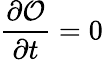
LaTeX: \displaystyle\frac{\partial{\cal O}}{\partial t}=0